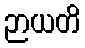
ဉာယတိ